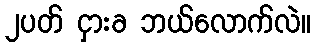
၂ပတ် ငှားခ ဘယ်လောက်လဲ။